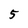
Character: 5